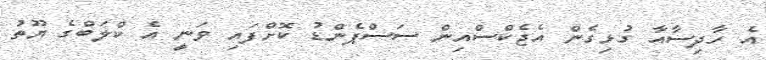
އެ ހާދިސާއާ ގުޅިގެން އެޖެކްސްއިން ސަސްޕެންޑު ކޮށްފައި ވަނީ އެ ކްލަބްގެ ޔޫތު